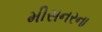
મીસનરના